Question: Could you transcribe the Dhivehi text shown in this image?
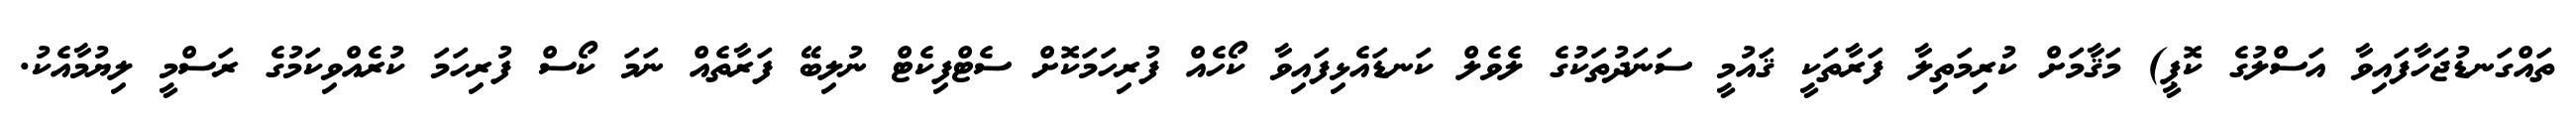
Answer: ތައްގަނޑުޖަހާފައިވާ އަސްލުގެ ކޮޕީ) މަޤާމަށް ކުރިމަތިލާ ފަރާތަކީ ޤައުމީ ސަނަދުތަކުގެ ލެވެލް ކަނޑައެޅިފައިވާ ކޯހެއް ފުރިހަމަކޮށް ސެޓްފިކެޓް ނުލިބޭ ފަރާތެއް ނަމަ ކޯސް ފުރިހަމަ ކުރެއްވިކަމުގެ ރަސްމީ ލިޔުމާއެކު.